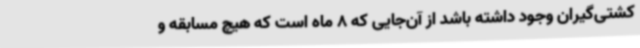
کشتی‌گیران وجود داشته باشد از آن‌جایی که 8 ماه است که هیچ مسابقه و